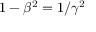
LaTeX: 1 - \beta ^ { 2 } = 1 / \gamma ^ { 2 }